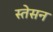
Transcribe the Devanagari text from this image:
स्तेसन